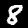
Label: 8